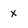
Character: x